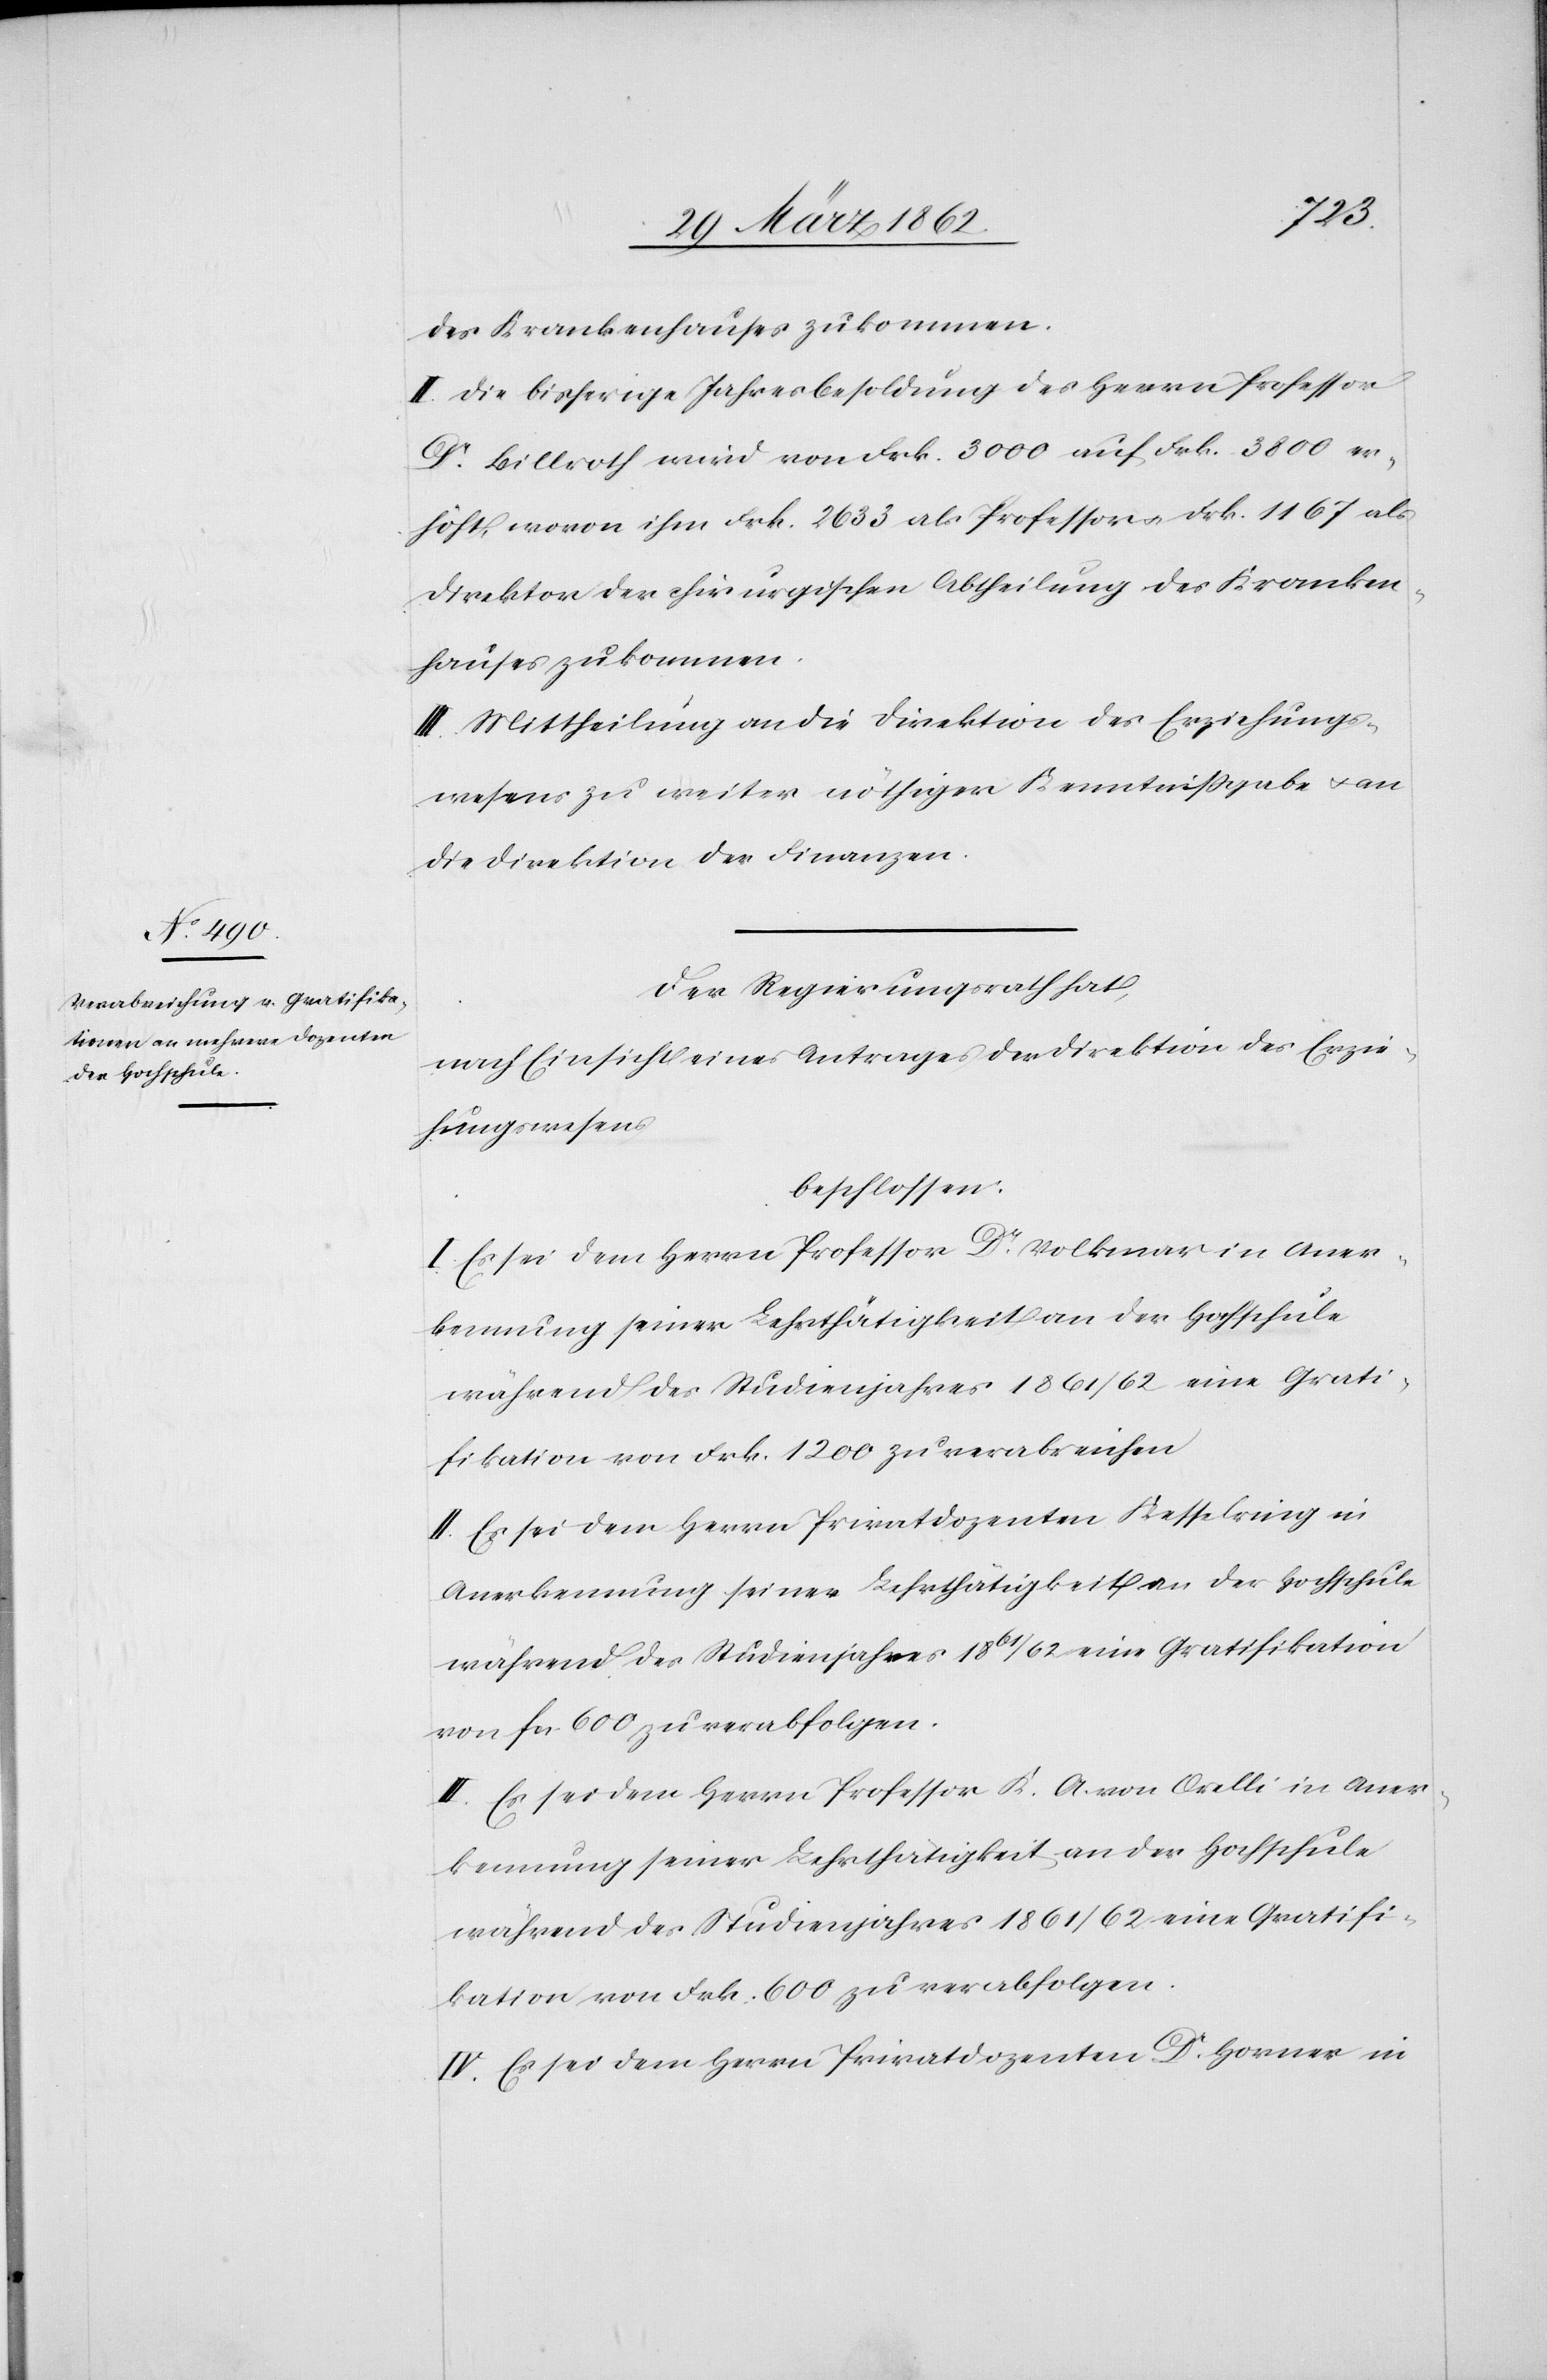
des Krankenhauses zukommen.
II. Die bisherige Jahresbesoldung des Herrn Professor
Dr. Billroth wird von Frk. 3000 auf Frk. 3800 er¬
höht, wovon ihm Frk. 2633 als Professor u. Frk. 1167 als
Direktor der chirurgischen Abtheilung des Kranken¬
hauses zukommen.
III. Mittheilung an die Direktion des Erziehungs¬
wesens zu weiter nöthiger Kenntnißgabe u. an
die Direktion der Finanzen.
Der Regierungsrath hat,
nach Einsicht eines Antrages der Direktion des Erzie¬
hungswesens
beschlossen:
I. Es sei dem Herrn Professor Dr. Volkmar in Aner¬
kennung seiner Lehrthätigkeit an der Hochschule
während des Studienjahres 1861/62 eine Grati¬
fikation von Frk. 1200 zu verabreichen
II. Es sei dem Herrn Privatdozenten Kesselring in
Anerkennung seiner Lehrthätigkeit an der Hochschule
während des Studienjahres 1861/62 eine Gratifikation
von fcs. 600 zu verabfolgen.
III. Es sei dem Herrn Professor K. A. von Orelli in Aner¬
kennung seiner Lehrthätigkeit an der Hochschule
während des Studienjahres 1861/62 eine Gratifi¬
kation von Frk. 600 zu verabfolgen.
IV. Es sei dem Herrn Privatdozenten Dr. Horner in